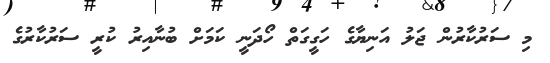
މި ސަރުކާރުން ޖަލު އަނިޔާގެ ހަގީގަތް ހޯދަނީ ކަމަށް ބުނާއިރު ކުރީ ސަރުކާރުގެ